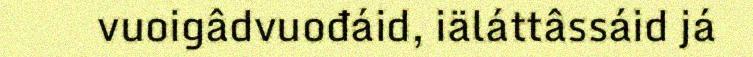
vuoigâdvuođáid, iäláttâssáid já